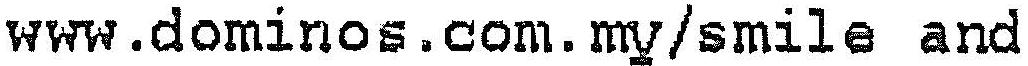
WWW.DOMINOS.COM.MY/SMILE AND